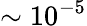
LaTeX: \sim 10^{-5}